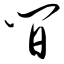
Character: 间